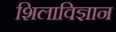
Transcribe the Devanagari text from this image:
शिलाविज्ञान